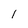
Character: 1